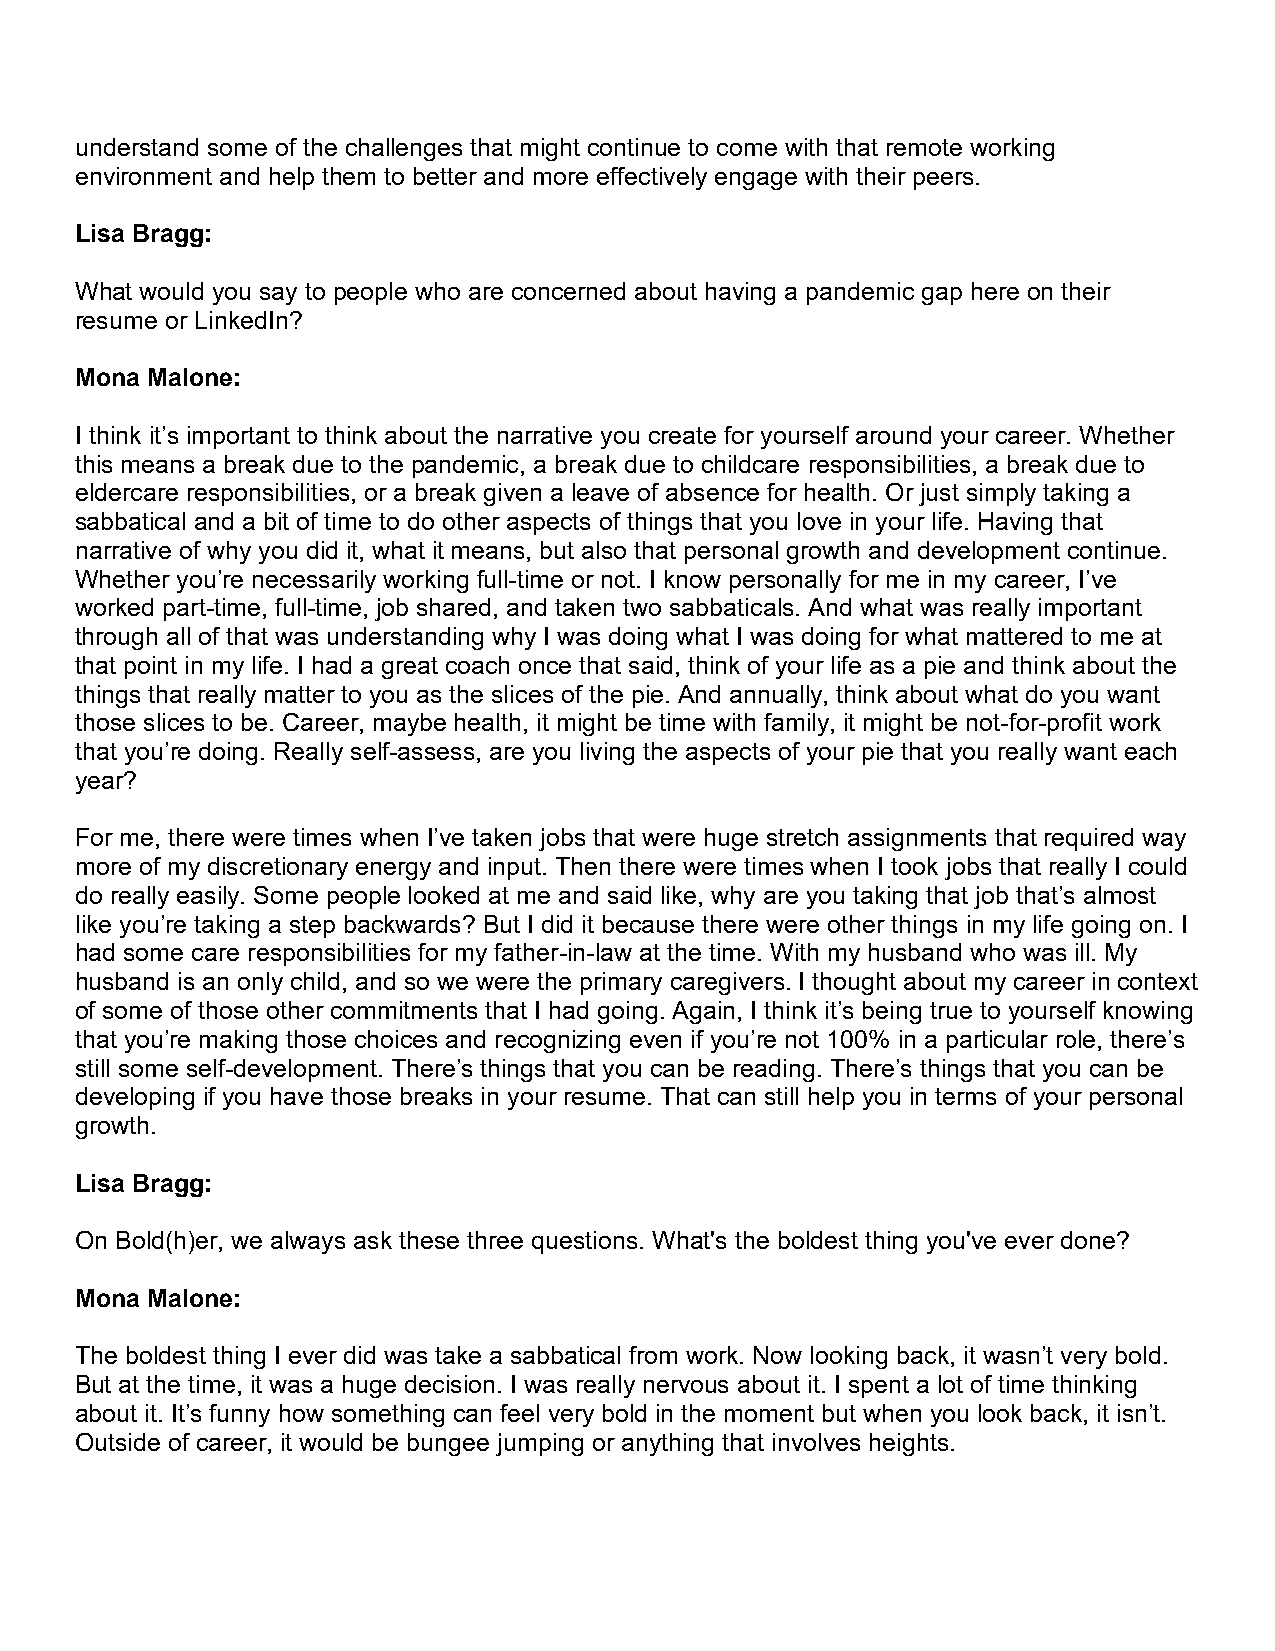
understand some of the challenges that might continue to come with that remote working
 environment and help them to better and more effectively engage with their peers.
 Lisa Bragg:
 What would you say to people who are concerned about having a pandemic gap here on their
 resume or LinkedIn?
 Mona Malone:
 I think it’s important to think about the narrative you create for yourself around your career. Whether
 this means a break due to the pandemic, a break due to childcare responsibilities, a break due to
 eldercare responsibilities, or a break given a leave of absence for health. Or just simply taking a
 sabbatical and a bit of time to do other aspects of things that you love in your life. Having that
 narrative of why you did it, what it means, but also that personal growth and development continue.
 Whether you’re necessarily working full-time or not. I know personally for me in my career, I’ve
 worked part-time, full-time, job shared, and taken two sabbaticals. And what was really important
 through all of that was understanding why I was doing what I was doing for what mattered to me at
 that point in my life. I had a great coach once that said, think of your life as a pie and think about the
 things that really matter to you as the slices of the pie. And annually, think about what do you want
 those slices to be. Career, maybe health, it might be time with family, it might be not-for-profit work
 that you’re doing. Really self-assess, are you living the aspects of your pie that you really want each
 year?
 For me, there were times when I’ve taken jobs that were huge stretch assignments that required way
 more of my discretionary energy and input. Then there were times when I took jobs that really I could
 do really easily. Some people looked at me and said like, why are you taking that job that’s almost
 like you’re taking a step backwards? But I did it because there were other things in my life going on. I
 had some care responsibilities for my father-in-law at the time. With my husband who was ill. My
 husband is an only child, and so we were the primary caregivers. I thought about my career in context
 of some of those other commitments that I had going. Again, I think it’s being true to yourself knowing
 that you’re making those choices and recognizing even if you’re not 100% in a particular role, there’s
 still some self-development. There’s things that you can be reading. There’s things that you can be
 developing if you have those breaks in your resume. That can still help you in terms of your personal
 growth.
 Lisa Bragg:
 On Bold(h)er, we always ask these three questions. What's the boldest thing you've ever done?
 Mona Malone:
 The boldest thing I ever did was take a sabbatical from work. Now looking back, it wasn’t very bold.
 But at the time, it was a huge decision. I was really nervous about it. I spent a lot of time thinking
 about it. It’s funny how something can feel very bold in the moment but when you look back, it isn’t.
 Outside of career, it would be bungee jumping or anything that involves heights.